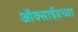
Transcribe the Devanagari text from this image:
ऑक्साईडच्या